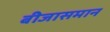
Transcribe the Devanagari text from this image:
बीजासमान